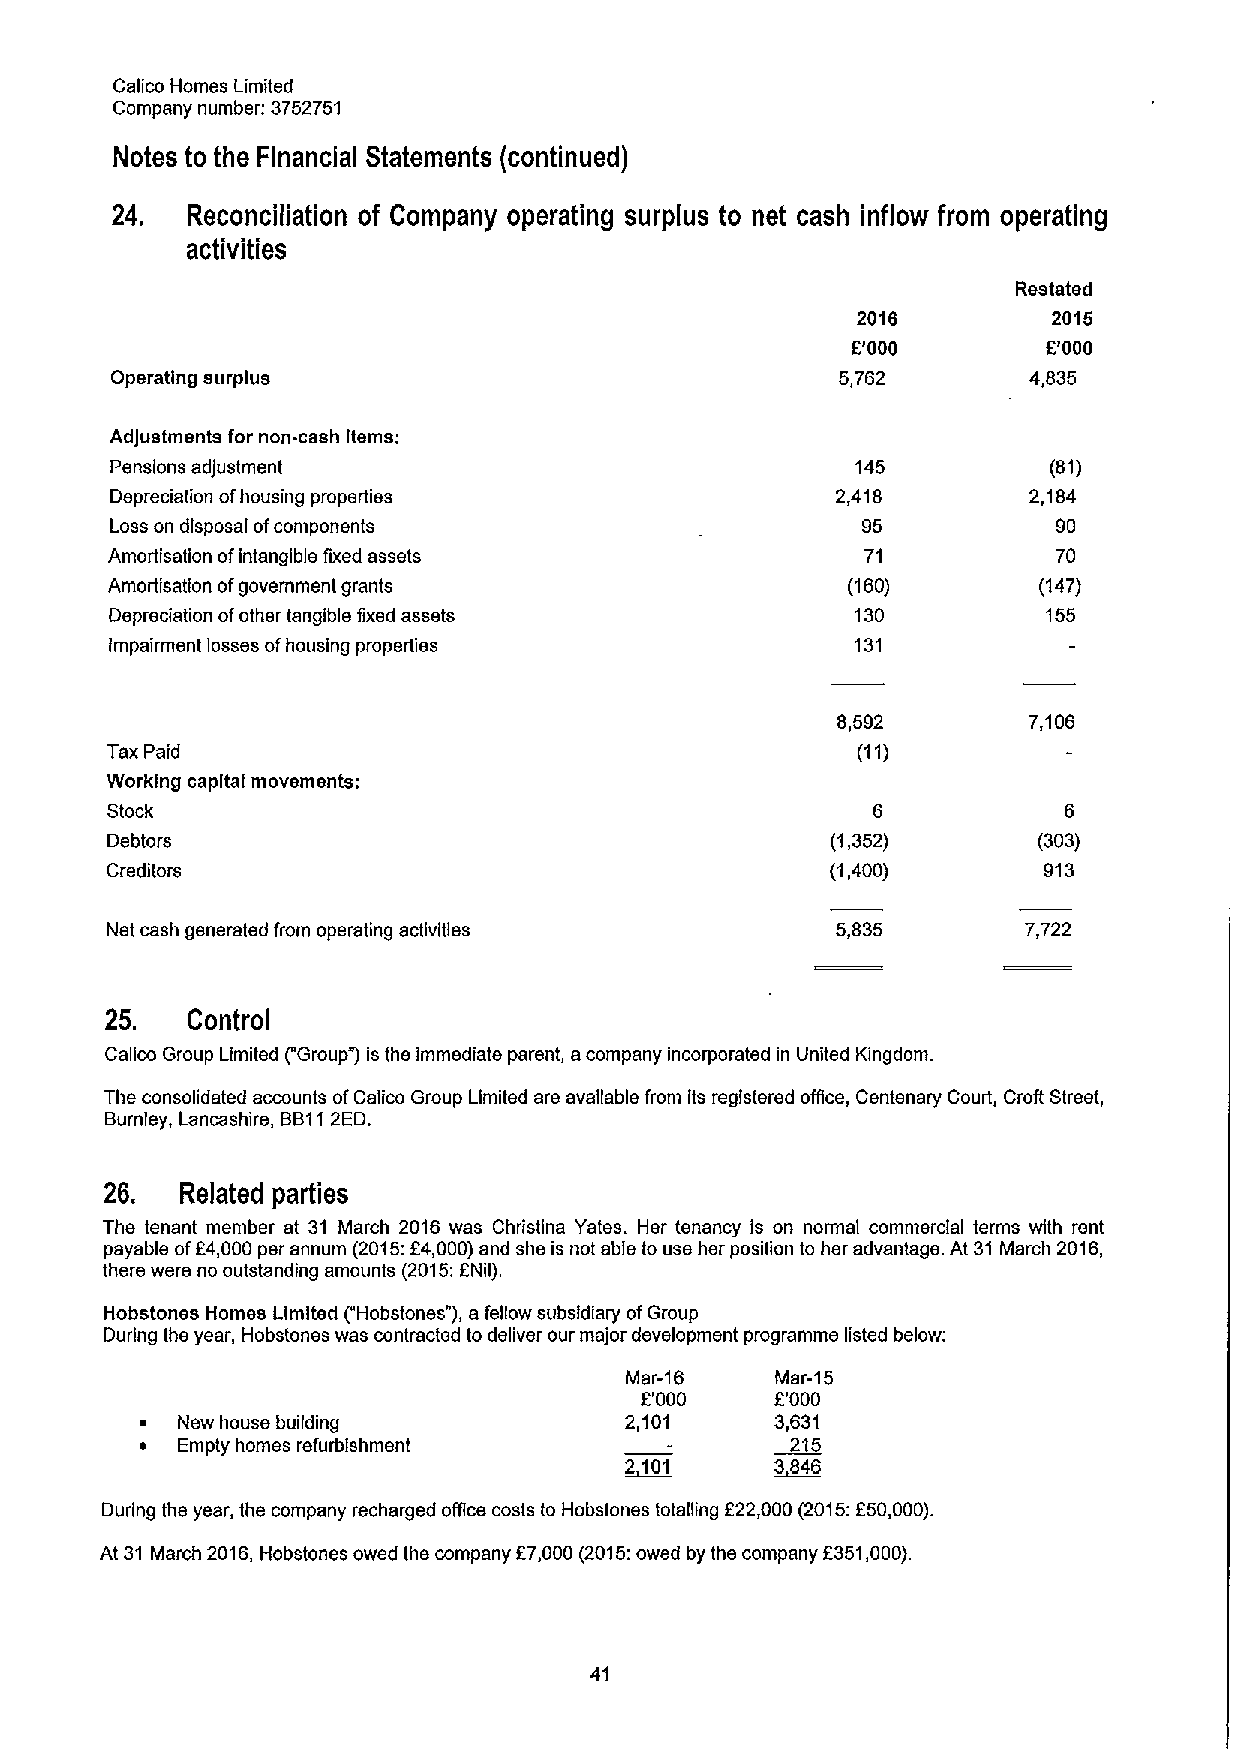
Calico Homes Limited
 Company number: 3752751
 Notes to the Financial Statements (continued)
 24.  Reconciliation of Company operating surplus to net cash inflow from operating
 activities
 Restated
 2016         2015
 E'000        E'000
 Operating surplus                                5,762       4,835
 AdJustments for non-cash Items:
 Pensions adjustment                               145          (81)
 Depreciation ofhousing properties               2,418        2,184
 Loss on disposal ofcomponents                     95           90
 Amortisation ofintangible fixed assets            71           70
 Amorlisation ofgovernment grants                 (160)        (147)
 Depreciation ofother tangible fixed assets        130         155
 impairment losses ofhousing properties            131
 8,592        7,106
 Tax Paid                                          (11)
 Working capital movements:
 Stock                                              6           6
 Debtors                                         (1,352)       (303)
 Creditors                                       (1,400)       913
 Net cash generated from operating activities    5,835        7,722
 25.  Control
 Calico Group Limited ("Group )is ths immediate parent, acompany incorporated in United Kingdom.
 The consolidated accounts ofCalico Group Limited are available from its registered offic, Centenary Court, Croft Street,
 Burnley, Lancashire, BB112ED.
 26.  Related parties
 The tenant member at 31 March 2016 was Christina Yates. Hsr tenancy is on normal commercial terms with rent
 payable ofF4,000psr annum (2015:E4,000)and she is not able to use her position to her advantage. At 31 March 2016,
 there were no outstanding amounts (2015:ENil).
 Hobstones Homes Limited ("Hobstones"), a fellow subsidiary ofGroup
 During ths year, Hobstones was contracted to deliver our major development programme listed below:
 Mar-16    Mar-15
 E'000    F'000
 ~  New house building           2,101     3,631
 ~  Empty homes refurbishment               215
 During the year, the company recharged offIce costs to Hobstones totalling E22,000(2015:E50,000).
 At 31 March 2016, Hobstones owed the company E7,000(2015:owed by the company E351,000).
 41